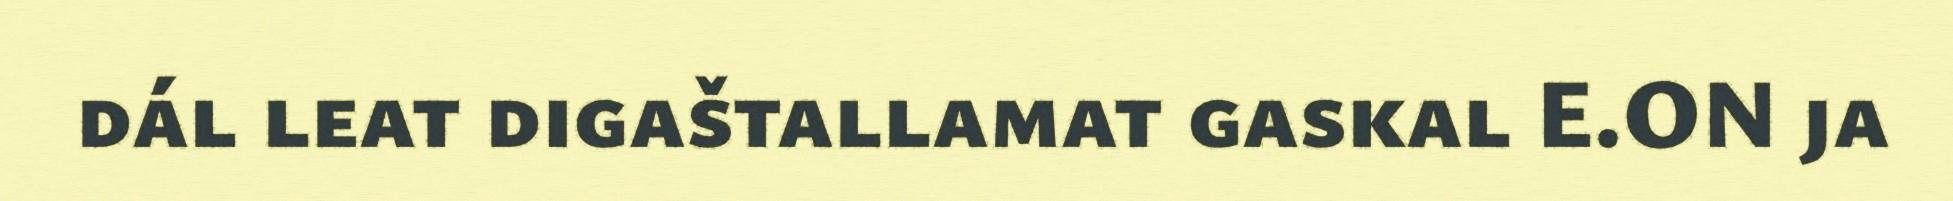
dál leat digaštallamat gaskal E.ON ja